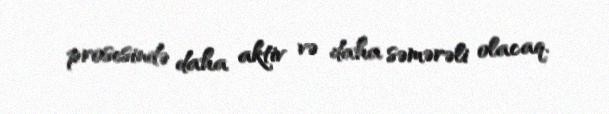
prosesində daha aktiv və daha səmərəli olacaq.